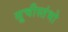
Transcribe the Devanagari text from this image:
सूचीस्तंभो